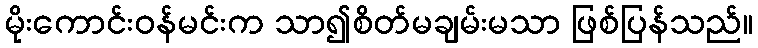
မိုးကောင်းဝန်မင်းက သာ၍စိတ်မချမ်းမသာ ဖြစ်ပြန်သည်။